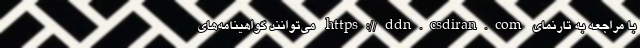
با مراجعه به تارنمای https://ddn.csdiran.com می‌توانند گواهینامه‌های